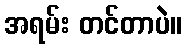
အရမ်း တင်တာပဲ။